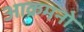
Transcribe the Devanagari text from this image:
आक्रमनो